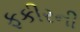
ફકીરની